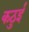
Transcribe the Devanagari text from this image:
कठुई